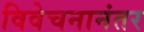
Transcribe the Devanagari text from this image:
विवेचनानंतर